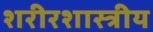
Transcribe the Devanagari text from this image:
शरीरशास्त्रीय